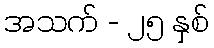
အသက် - ၂၅ နှစ်